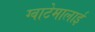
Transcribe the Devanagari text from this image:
ग्वाटेमालाई